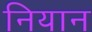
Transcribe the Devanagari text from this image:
नियान